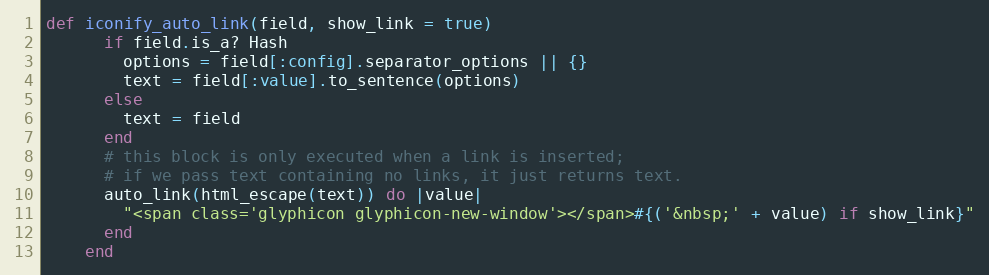
Language: Ruby
def iconify_auto_link(field, show_link = true)
      if field.is_a? Hash
        options = field[:config].separator_options || {}
        text = field[:value].to_sentence(options)
      else
        text = field
      end
      # this block is only executed when a link is inserted;
      # if we pass text containing no links, it just returns text.
      auto_link(html_escape(text)) do |value|
        "<span class='glyphicon glyphicon-new-window'></span>#{('&nbsp;' + value) if show_link}"
      end
    end